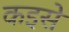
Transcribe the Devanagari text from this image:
कइसे